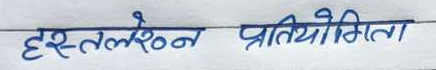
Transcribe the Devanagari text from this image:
हस्तलेखन प्रतियोगिता